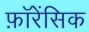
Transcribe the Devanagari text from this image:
फ़ॉरेंसिक